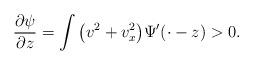
LaTeX: \begin{align*}\dfrac{\partial\psi}{\partial z}=\int \big(v^2+v_x^2\big)\Psi'(\cdot-z)>0.\end{align*}